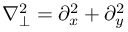
\nabla _ { \perp } ^ { 2 } = \partial _ { x } ^ { 2 } + \partial _ { y } ^ { 2 }